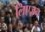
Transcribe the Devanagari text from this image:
लिएज़न